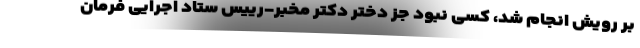
بر رویش انجام شد، کسی نبود جز دختر دکتر مخبر-رییس ستاد اجرایی فرمان